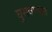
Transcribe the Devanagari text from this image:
घुसवण्यात